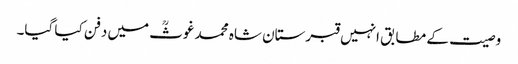
وصیت کے مطابق انہیں قبرستان شاہ محمد غوثؒ میں دفن کیا گیا۔